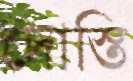
দোস্তি